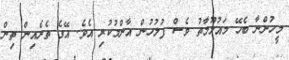
މީހުންނާ ބެހޭ މައުލޫމާތު ވެސް ފުލުހުން އާންމުކުރި އެވެ. އޭގެ ތެރެއިން ތިން